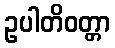
ဥပါတိဝတ္တာ